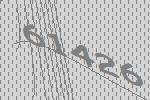
61426